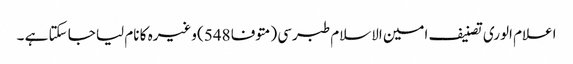
اعلام الوری تصنیف امین الاسلام طبرسی (متوفا 548) وغیرہ کا نام لیا جا سکتا ہے ۔